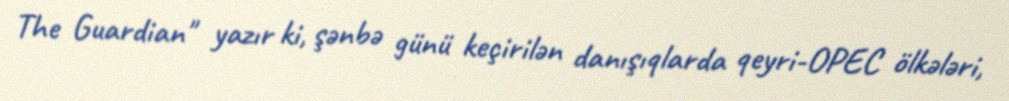
The Guardian" yazır ki, şənbə günü keçirilən danışıqlarda qeyri-OPEC ölkələri,